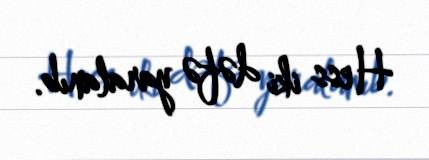
Hess iki dəfə yaralanıb.